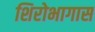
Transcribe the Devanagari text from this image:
शिरोभागास